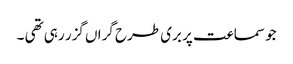
جو سماعت پر بری طرح گراں گزر رہی تھی ۔